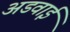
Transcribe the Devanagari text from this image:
अडवाई